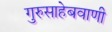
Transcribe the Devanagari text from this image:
गुरुसाहेबवाणी